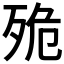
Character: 𣧼